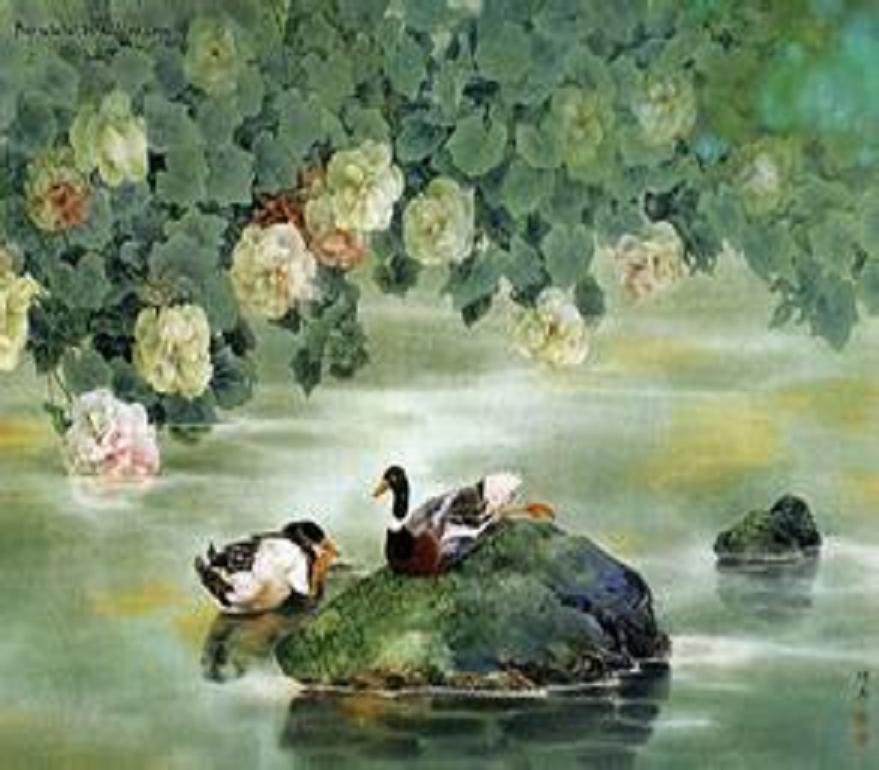
阳春布德泽，万物生光辉。